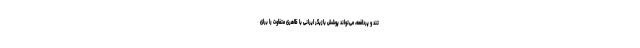
تند و پردافعه، می‌تواند پوشش بازیگر ایرانی با ظاهری متفاوت را برای